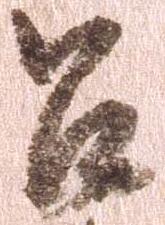
召